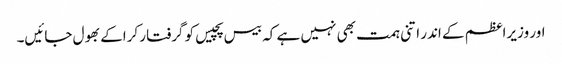
اور وزیراعظم کے اندر اتنی ہمت بھی نہیں ہے کہ بیس پچیس کو گرفتار کراکے بھول جائیں۔